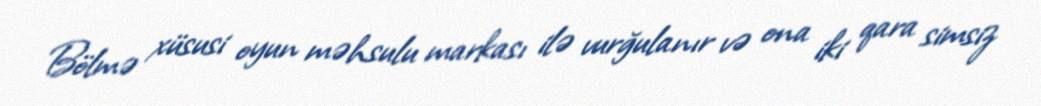
Bölmə xüsusi oyun məhsulu markası ilə vurğulanır və ona iki qara simsiz